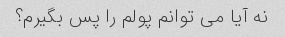
نه آیا می توانم پولم را پس بگیرم؟